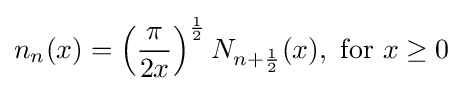
n_{n}(x)=\left({\frac {\pi }{2x}}\right)^{\frac {1}{2}}N_{n+{\frac {1}{2}}}(x),{\text{ for }}x\geq 0